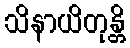
သိနာယိတုန္တိ